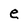
Character: e